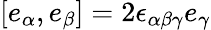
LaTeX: [e_{\alpha},e_{\beta}]=2\epsilon_{\alpha\beta\gamma}e_{\gamma}